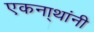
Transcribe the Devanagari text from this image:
एकना्थांनी